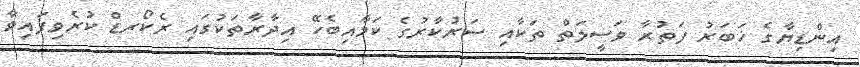
އިންޑިޔާގެ ޚަބަރު ފަތުރާ ވަސީލަތް ތަކާއި ސަރުކާރުގެ ކަމާއިބެހޭ އިދާރާތަކުގައި ރެކޯރޑް ކުރެވިފައިވާ